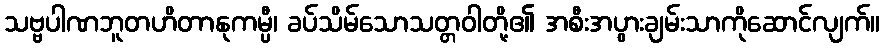
သဗ္ဗပါဏဘူတဟိတာနုကမ္ပီ၊ ခပ်သိမ်သောသတ္တဝါတို့၏ အစီးအပွားချမ်းသာကိုဆောင်လျက်။